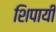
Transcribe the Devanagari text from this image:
शिपायी